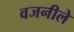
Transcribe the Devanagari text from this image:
वजनीले